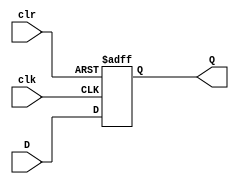
module d_ff_async_clear (
    input wire D,
    input wire clk,
    input wire clr,
    output reg Q
);

always @(posedge clk or posedge clr)
begin
    if (clr)
        Q <= 0;
    else
        Q <= D;
end

endmodule